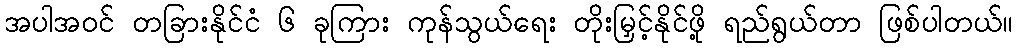
အပါအဝင် တခြားနိုင်ငံ ၆ ခုကြား ကုန်သွယ်ရေး တိုးမြှင့်နိုင်ဖို့ ရည်ရွယ်တာ ဖြစ်ပါတယ်။